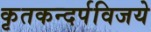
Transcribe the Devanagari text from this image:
कृतकन्दर्पविजये